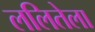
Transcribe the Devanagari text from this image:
ललितेला